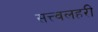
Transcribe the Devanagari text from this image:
सत्त्वलहरी